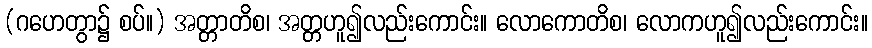
(ဂဟေတွာ၌ စပ်။) အတ္တာတိစ၊ အတ္တဟူ၍လည်းကောင်း။ လောကောတိစ၊ လောကဟူ၍လည်းကောင်း။